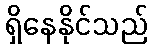
ရှိနေနိုင်သည်